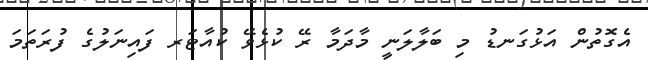
އެގޮތުން އަޅުގަނޑު މި ބަލާލަނީ މާދަމާ ރޭ ކުޅެވޭ ކުއާޓަރ ފައިނަލުގެ ފުރަތަމަ